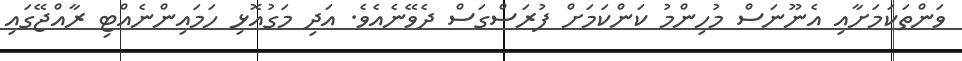
ވަންތަކަމަށާއި އެނޫނަސް މުހިންމު ކަންކަމަށް ފުރަސްގަސް ދެވޭނެއެވެ. އަދި މަގުއޮޅި ހަމައިންނެއްޓި ރާއްޖޭގައި